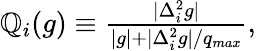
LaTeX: \begin{array}{r}{\mathbb{Q}_{i}(g)\equiv\frac{|\Delta_{i}^{2}g|}{|g|+|\Delta_{i}^{2}g|/q_{max}},}\end{array}